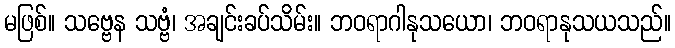
မဖြစ်။ သဗ္ဗေန သဗ္ဗံ၊ အချင်းခပ်သိမ်း။ ဘဝရာဂါနုသယော၊ ဘဝရာနုသယသည်။